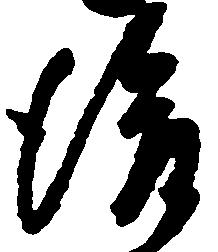
後